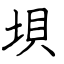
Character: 垻